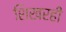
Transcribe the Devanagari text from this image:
शिखरही